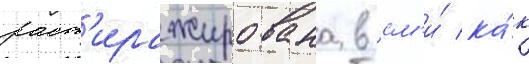
раст'иражирована в см'и́ ка́к